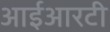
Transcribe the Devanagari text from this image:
आईआरटी